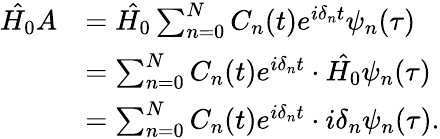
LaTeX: \begin{array}{rl}{\hat{H_{0}}A}&{=\hat{H_{0}}\sum_{n=0}^{N}C_{n}(t)e^{i\delta_{n}t}{\psi}_{n}(\tau)}\\ &{=\sum_{n=0}^{N}C_{n}(t)e^{i\delta_{n}t}\cdot\hat{H_{0}}{\psi}_{n}(\tau)}\\ &{=\sum_{n=0}^{N}C_{n}(t)e^{i\delta_{n}t}\cdot i\delta_{n}{\psi}_{n}(\tau).}\end{array}